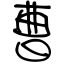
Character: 曹